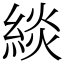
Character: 緂